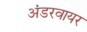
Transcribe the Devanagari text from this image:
अंडरवायर